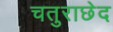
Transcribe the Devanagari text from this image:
चतुराछेद